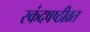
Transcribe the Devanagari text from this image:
स्कंदषष्ठीव्रत